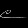
Digit: ၉